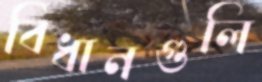
বিধানগুলি